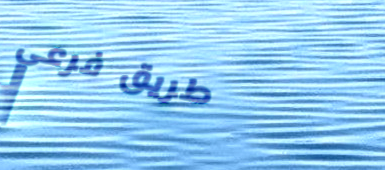
طريق فرعي